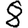
Digit: 8